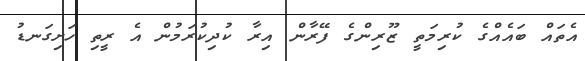
އެތައް ބައެއްގެ ކުރިމަތީ ޒޫރިންގެ ފޭރާން އިރާ ކުދިކުރަމުން އެ ރީތި ހަށިގަނޑު